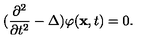
( \frac { \partial ^ { 2 } } { \partial t ^ { 2 } } - \Delta ) \varphi ( \mathrm { \bf x } , t ) = 0 .